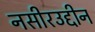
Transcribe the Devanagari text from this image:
नसीरउद्दीन